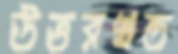
উত্তরখন্ড